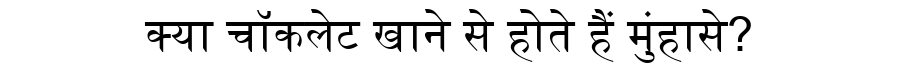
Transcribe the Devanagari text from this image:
क्या चॉकलेट खाने से होते हैं मुंहासे?